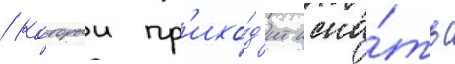
/ которыи пр'ихо́д'ит иска́ть